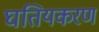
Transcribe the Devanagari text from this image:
घतियकरण